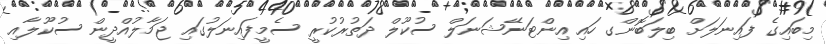
މިބައިގެ ފައިނަލަށް ބިލަބޮންގ ހައި އިންޓަނޭޝަނަލް ސުކޫލް ދަތުރުކުރީ ސެމީފައިނަލުގައި ޖަމާލުއްދީން ސުކޫލާއި